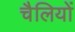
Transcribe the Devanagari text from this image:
चैलियों